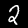
Label: 2